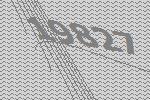
19827